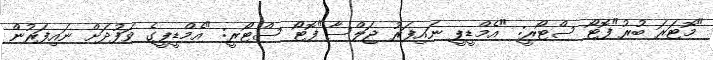
"މޮޓަރަ ބުރު"ފޮޓޯ ސްޓޯރީ: "އެމްޑީޕީ ނައިފަރު ޖަލްސާ"ފޮޓޯ ސްޓޯރީ: "އެމްޑީޕީގެ ވަފުދަށް ނައިފަރުން